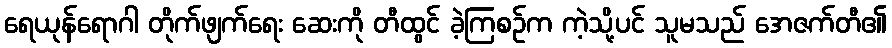
ရေယုန်ရောဂါ တိုက်ဖျက်ရေး ဆေးကို တီထွင် ခဲ့ကြစဉ်က ကဲ့သို့ပင် သူမသည် အေဇက်တီ၏